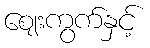
ဈေးကွက်နှင့်